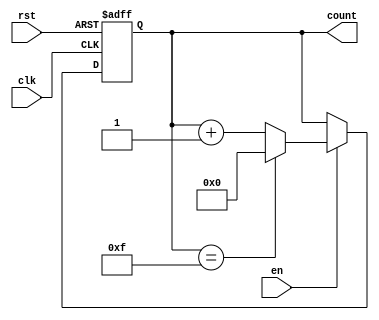
module multi_bit_counter #(
    parameter N = 4  // Default counter width to 4 bits
)(
    input wire clk,     // Clock input
    input wire rst,     // Asynchronous reset
    input wire en,      // Enable signal
    output reg [N-1:0] count  // N-bit counter output
);

    // Maximum value for N bits
    localparam MAX_COUNT = (1 << N) - 1; // 2^N - 1

    // Always block triggered on the clock edge
    always @(posedge clk or posedge rst) begin
        if (rst) begin
            count <= 0;  // Reset the counter to 0
        end else if (en) begin
            // Increment the counter and wrap around at maximum value
            if (count == MAX_COUNT) begin
                count <= 0;  // Wrap around to 0
            end else begin
                count <= count + 1;  // Increment the counter
            end
        end
    end

endmodule